Report of the Municipal Commissioner on the plague in Bombay for the year ending 31st May... - Volume 3
Disease focus: Plague
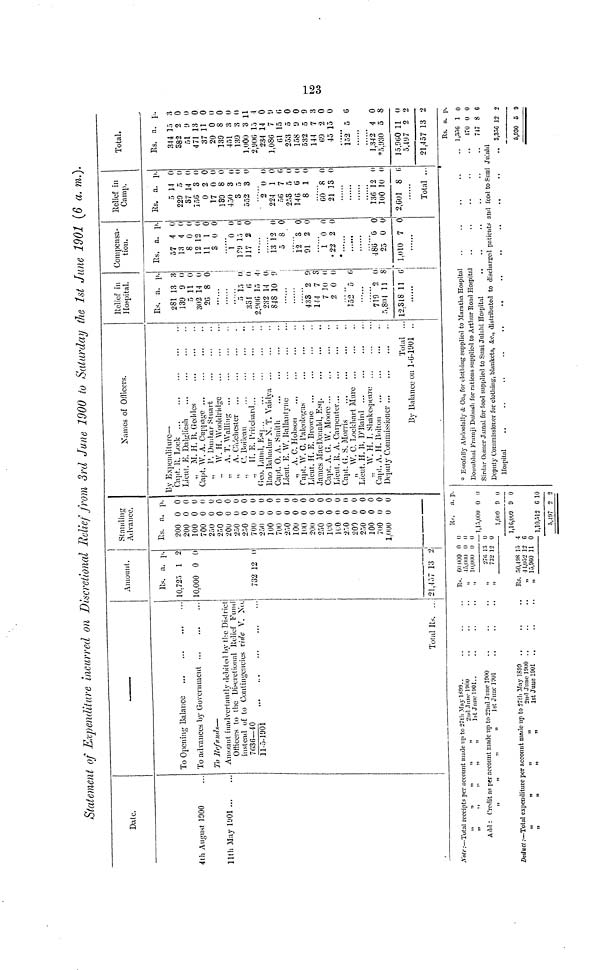
123
Statement of Expenditure incurred on Discretional Belief from 3rd June 1900 to Saturday the 1st June 1901 (6 a. m.).
Date.
4th August 1000
11th May
1901
To Opening Balance
To advances by Government
To Refunds-
Amount inadvertantly debited by the District
Officers to the Discretional Relief Fund
instead of to Contingencies vide V. No.
7636-40
11-5-1901
Total Es.
Amount.
Es.
10.72.5
10.000
732
21.457
a.
1
0
12
13
P.
(
(
2
Standing
Advance.
Es.
200
200
100
700
2;-)0
250
200
250
250
700
250
100
700
250
100
100
200
250
160
160
250
200
250
100
700
1.000
a.
0
0
0
0
0
0
0
0
0
0
0
0
0
0
0
0
0
0
0
0
0
0
0
0
0
0
p.
0
0
0
0
0
0
0
0
0
0
0
0
0
(I
0
0
0
0
0
0
0
0
0
0
0
0
Names of Officers.
By Expenditure—
Capt. R. Lock
Lieut. E. Dalgliesh
„ M. H. B. Geddes
Capt. W. A. Cuppage
., P. Dunbar Stuart
., W. H.
Wooldridge
.. A. T. Walling
., A. Chichester
C. Boileau
.. H. E.
Pritehard
Geo. Lund. Esq
Rao Bahadur N. T. Vaidva
Capt. O. A. Smith
..."
Lieut. E. W. Ballantvue
,, A. C. Hob-son
..,
Capt. W. C. Paleologus
Lieut. H. E. Browne
James MacDonald, Esq.
Capt. A. G. W. Moore ...
Lieut. R. A. Carpenter...
Capt. G. S. Morris
„ W. C. Lockhart Mure
Lieut. H. B. D'Baird
,. W. H. 1. Shakespeare
Capt. A. H. Bolron
Deputy Commissioner
Total ...
By Balance on
1-0-1901
Relief in
Hospital.
Es.
2S1
139
5
302
2G
5
331
2,906
232
848
488
144
7
2
152
719
5,804
12,318
....
a.
13
9
11
14
8
(¡
15
14
10
?,
7
70
0
5
9,
11
11
P.
3
0
0
0
0
0
0
4
0
9
9
3
0
0
6
0
8
6
Compensa-
tion.
Es.
57
13
S
12
11
S
1
129
117
13
5
12
91
1
• 22
«
486
25
1.010
a.
4
4
0
12
1
0
0
15
2
12
«
3
2
0
2
G
0
7
P.
0
0
0
0
0
0
0
0
0
0
0
0
0
0
0
0
0
0
Relief in
Camp.
Es.
; >
229
37
156
0
17
130
450
3
552
2
224
5«
253
14G
8
60
21
....
136
100
2,601
a.
14
5
14
3
2
0
8
3
»
3
0
1
7
5
6
1
8
13
12
10
8
Total
P.
0
9
0
0
0
0
0
0
0
0
0
0
(•)
0
0
0
0
0
0
0
6
Total.
Es.
344
382
51
471
37
20
139
451
139
1,000
2.906
234
1,086
61
253
158
532
144
69
45
152
1,342
*5.930
15.9G0
5,497
21,457
a.
15
2
9
13
11
0
S
3
3
3
15
14
7
15
5
9
5
7
' ?,
15
5
4
5
11
2
13
1
3
0
t)
0
0
0
0
0
o
11
4
0
9
6
0
0
9
3
0
0
6
0
S
0
2
2
Note :—Total receipts per account made up to 27th May 1899
„
.,
„
„
., 2nd June 1900
1st June 1901
Add: Credit as per Recount made up to 22nd June 1900
„
„
„
„
1st June 1901
Deduct .-—Total expenditure per account made up to 27th May
1899
„
„
„
„
2nd
June
1900
„
„
„
„
1st June 1901 ..
Rs. 60 000 0 0
,, 45,000 0 0
,,
10,000 0 0
,, 276 13 0
„
732 12 0
Rs. 50,498 15 4
„ 41,032 12 6
„ 15,960 11 0
IN.
1,15,000
1,000
1,16,009
1 10 512
5,497
a.
0
0
9
P.
0
0
0
10
o
Dossabhai Framji Dubash for rations supplied to Arthur Road Hospital
Deputy Commissioner for clothing, blankets, &c, distributed to discharged patients and food to Suni
Rs. a. p.
1356 1 0
470 0 0
747 8 G
Julnhi
.. 3,356 12 2
5,930 5 9